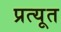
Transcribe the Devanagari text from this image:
प्रत्यूत